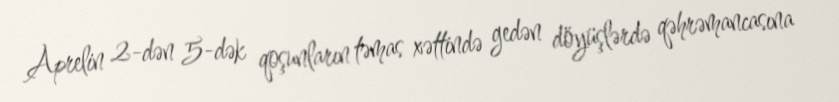
Aprelin 2-dən 5-dək qoşunların təmas xəttində gedən döyüşlərdə qəhrəmancasına